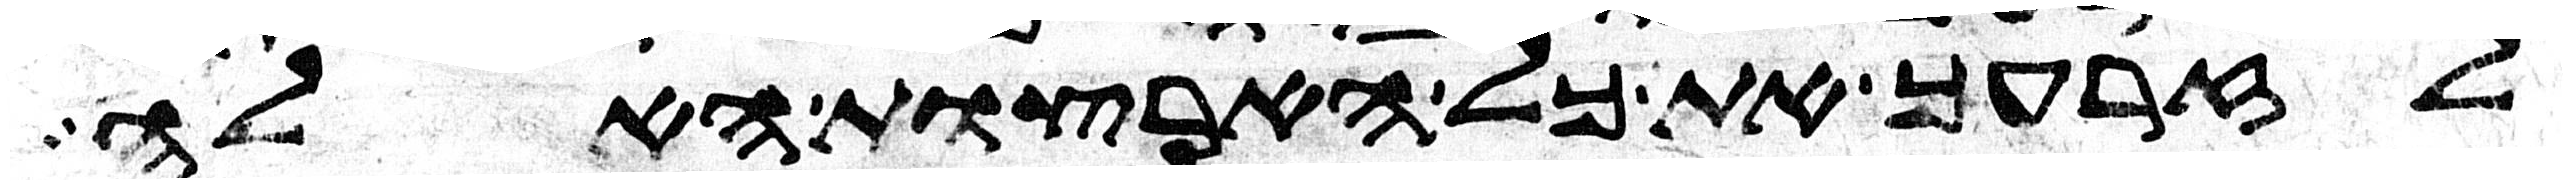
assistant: לזרעך את כל הארצות האלה